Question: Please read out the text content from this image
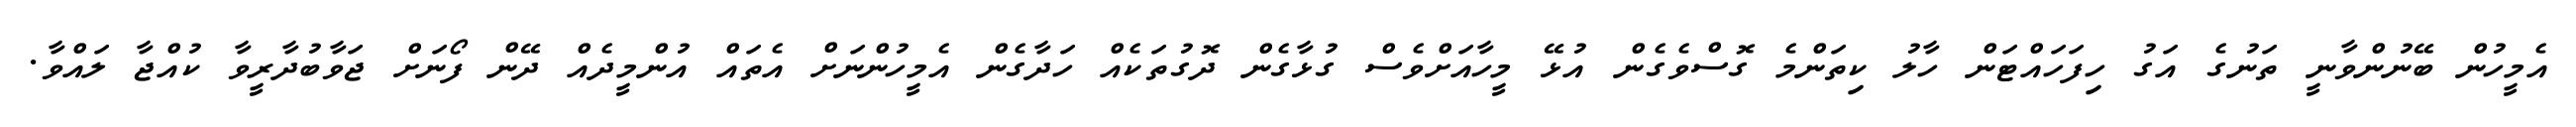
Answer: އެމީހުން ބޭނުންވާނީ ތަނުގެ އަގު ހިފަހައްޓަން ހާލު ކިތަންމެ ގޮސްވެގެން އުޅޭ މީހާއަށްވެސް ގުޅާގެން ދޮގުތަކެއް ހަދާގެން އެމީހުންނަށް އެތައް އުންމީދެއް ދޭން ފޯނަށް ޖަވާބުދާރީވާ ކުއްޖާ ލައްވާ.